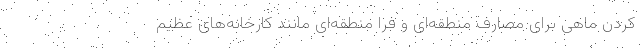
کردن ماهی برای مصارف منطقه‌ای و فرا منطقه‌ای مانند کارخانه‌های عظیم